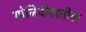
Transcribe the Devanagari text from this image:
योनिपीठातील